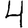
Digit: 4